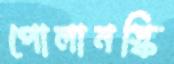
পোলানস্কি